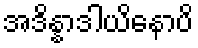
အဒိန္နာဒါယိနောပိ